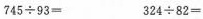
$$7 4 5 \div 9 3 =$$ $$3 2 4 \div 8 2 =$$